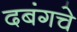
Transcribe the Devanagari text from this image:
दबंगचे